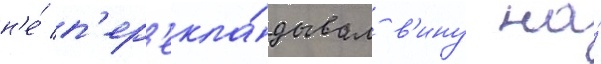
н'е́ п'ер'екла́дывал в'ину на́